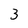
Character: 3